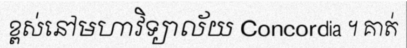
ខ្ពស់នៅមហាវិទ្យាល័យ Concordia ។ គាត់